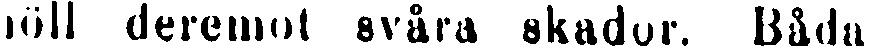
höll deremot svåra skador. Båda